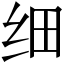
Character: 细